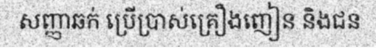
សញ្ញាឆក់ ប្រើប្រាស់គ្រឿងញៀន និងជន